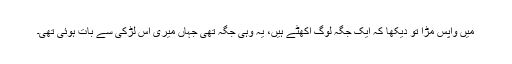
میں وآپس مڑا تو دیکھا کہ ایک جگہ لوگ اکھٹے ہیں، یہ وہی جگہ تھی جہاں میری اس لڑکی سے بات ہوئی تھی۔